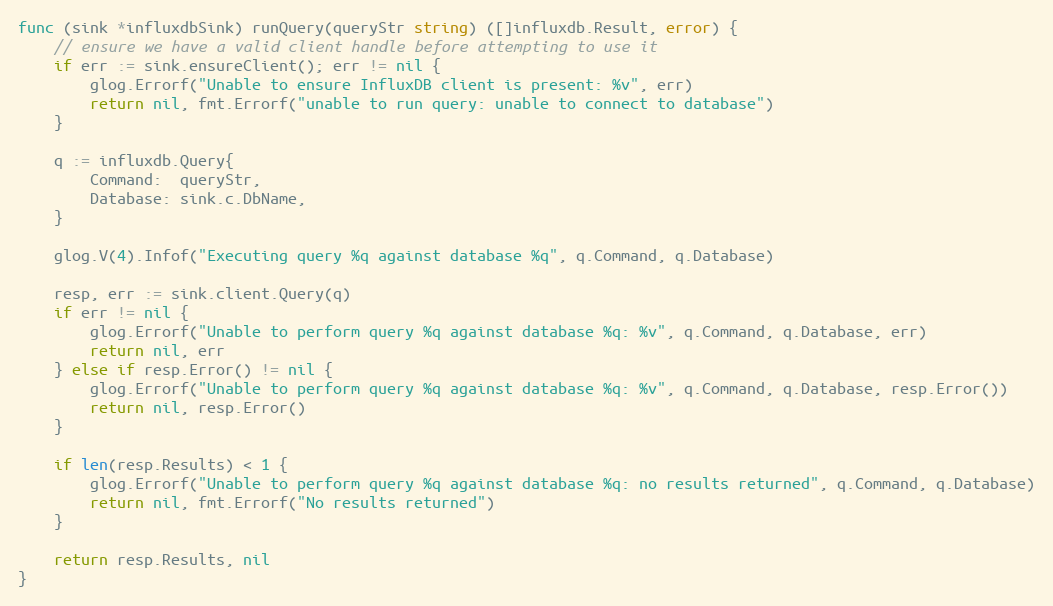
Language: Go
func (sink *influxdbSink) runQuery(queryStr string) ([]influxdb.Result, error) {
	// ensure we have a valid client handle before attempting to use it
	if err := sink.ensureClient(); err != nil {
		glog.Errorf("Unable to ensure InfluxDB client is present: %v", err)
		return nil, fmt.Errorf("unable to run query: unable to connect to database")
	}

	q := influxdb.Query{
		Command:  queryStr,
		Database: sink.c.DbName,
	}

	glog.V(4).Infof("Executing query %q against database %q", q.Command, q.Database)

	resp, err := sink.client.Query(q)
	if err != nil {
		glog.Errorf("Unable to perform query %q against database %q: %v", q.Command, q.Database, err)
		return nil, err
	} else if resp.Error() != nil {
		glog.Errorf("Unable to perform query %q against database %q: %v", q.Command, q.Database, resp.Error())
		return nil, resp.Error()
	}

	if len(resp.Results) < 1 {
		glog.Errorf("Unable to perform query %q against database %q: no results returned", q.Command, q.Database)
		return nil, fmt.Errorf("No results returned")
	}

	return resp.Results, nil
}